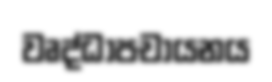
වෘද්ධාපචායනය